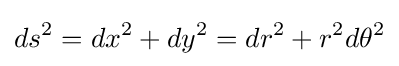
ds^{2}=dx^{2}+dy^{2}=dr^{2}+r^{2}d\theta ^{2}